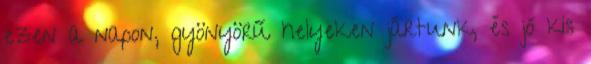
ezen a napon, gyönyörű helyeken jártunk, és jó kis